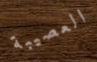
العصيبة